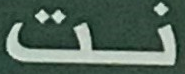
نت